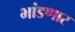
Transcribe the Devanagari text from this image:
भांडणार